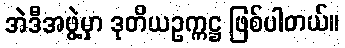
အဲဒီအဖွဲ့မှာ ဒုတိယဥက္ကဋ္ဌ ဖြစ်ပါတယ်။